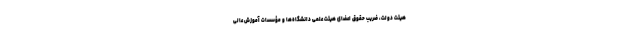
هیئت دولت، ضریب حقوق اعضای هیئت علمی دانشگاه‌ها و مؤسسات آموزش عالی